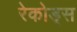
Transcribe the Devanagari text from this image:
रेकोड्स